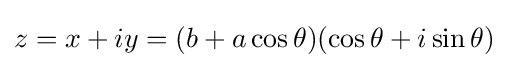
z=x+iy=(b+a\cos \theta )(\cos \theta +i\sin \theta )